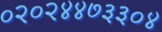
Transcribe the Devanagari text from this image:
०२०२४४७३३०४